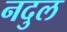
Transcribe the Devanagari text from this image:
नदुल